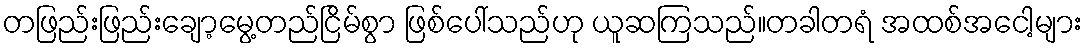
တဖြည်းဖြည်းချော့မွေ့တည်ငြိမ်စွာ ဖြစ်ပေါ်သည်ဟု ယူဆကြသည်။တခါတရံ အထစ်အငေါ့များ